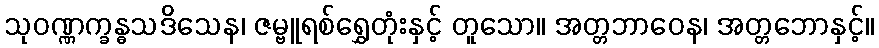
သုဝဏ္ဏက္ခန္ဓသဒိသေန၊ ဇမ္ဗူရစ်ရွှေတုံးနှင့် တူသော။ အတ္တဘာဝေန၊ အတ္တဘောနှင့်။